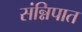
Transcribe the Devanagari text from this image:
संन्निपात